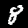
Digit: 8